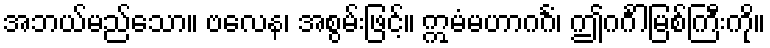
အဘယ်မည်သော။ ဗလေန၊ အစွမ်းဖြင့်။ ဣမံမဟာဂင်္ဂံ၊ ဤဂင်္ဂါမြစ်ကြီးကို။